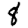
Digit: 8